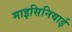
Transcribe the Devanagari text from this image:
माइसिनियाई